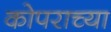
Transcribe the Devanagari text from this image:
कोपराच्या